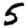
Digit: 5